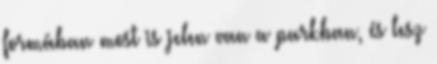
formában most is jelen van a parkban, és lesz